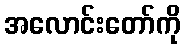
အလောင်းတော်ကို